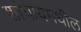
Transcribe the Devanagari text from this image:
शांघायमधील